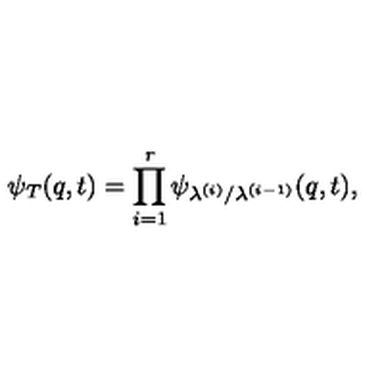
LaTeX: \psi _ { T } ( q , t ) = \prod _ { i = 1 } ^ { r } \psi _ { \lambda ^ { ( i ) } / \lambda ^ { ( i - 1 ) } } ( q , t ) ,